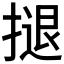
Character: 𢱸